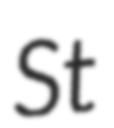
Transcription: St